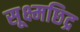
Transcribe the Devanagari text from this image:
सूक्ष्मछिद्र